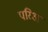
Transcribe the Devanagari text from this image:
परिअ